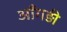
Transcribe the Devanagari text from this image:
आँगड़ी